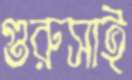
গুরুসাই